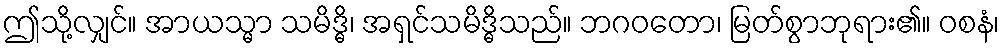
ဤသို့လျှင်။ အာယသ္မာ သမိဒ္ဓိ၊ အရှင်သမိဒ္ဓိသည်။ ဘဂဝတော၊ မြတ်စွာဘုရား၏။ ဝစနံ၊